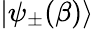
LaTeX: |\psi_{\pm}(\beta)\rangle